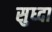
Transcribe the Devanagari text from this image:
सुध्‍दा